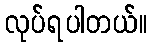
လုပ်ရပါတယ်။